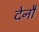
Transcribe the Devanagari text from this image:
देनौ